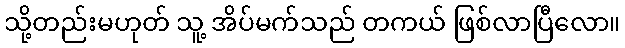
သို့တည်းမဟုတ် သူ့ အိပ်မက်သည် တကယ် ဖြစ်လာပြီလော။